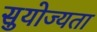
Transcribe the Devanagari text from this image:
सुयोज्यता